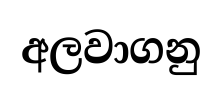
අලවාගනු